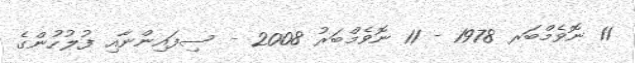
11 ނޮވެމްބަރ 1978 - 11 ނޮވެމްބަރު 2008 - ސިފައިންނާއި ފުލުހުންގެ